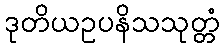
ဒုတိယဥပနိသသုတ္တံ